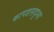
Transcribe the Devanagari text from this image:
कापडसदृश्य